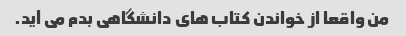
من واقعا از خواندن کتاب های دانشگاهی بدم می آید.